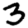
Digit: 3